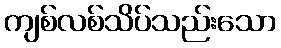
ကျစ်လစ်သိပ်သည်းသော